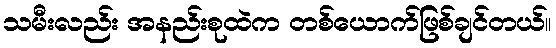
သမီးလည်း အနည်းစုထဲက တစ်ယောက်ဖြစ်ချင်တယ်။